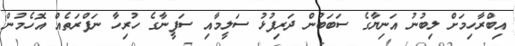
އިބްރާހިމަށް ލިބުނު އަނިޔާގެ ސަބަބުން ދަރިފުޅު ސަލީމާއި ސަފީނާގެ ހުރިހާ ނަފްރަތެއް އޮހެމުން